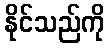
နိုင်သည်ကို